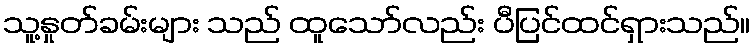
သူ့နှုတ်ခမ်းများ သည် ထူသော်လည်း ပီပြင်ထင်ရှားသည်။